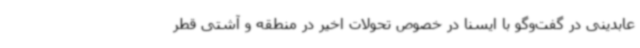
عابدینی در گفت‌وگو با ایسنا در خصوص تحولات اخیر در منطقه و آشتی قطر